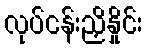
လုပ်ငန်းညှိနှိုင်း